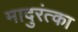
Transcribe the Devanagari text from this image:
मादुरंत्का